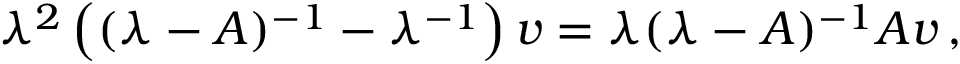
\lambda ^ { 2 } \left( ( \lambda - A ) ^ { - 1 } - \lambda ^ { - 1 } \right) v = \lambda ( \lambda - A ) ^ { - 1 } A v \, ,